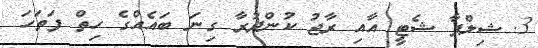
3. ޝިލްޕާ ޝެޓީ އާއި ރާޖު ކުންދުރާ ގިނަ ބައެއްގެ ހިތް ފަތަހަ